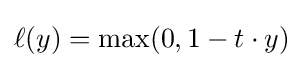
\ell (y)=\max(0,1-t\cdot y)